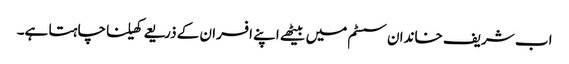
اب شریف خاندان سسٹم میں بیٹھے اپنے افسران کے ذریعے کھیلنا چاہتا ہے۔